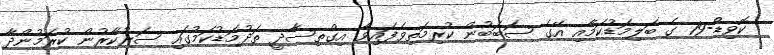
ކޮވިޑް-19 ގެ ބަލިމަޑުކަމާއި އޭގެ ސަބަބުން ކުރިމަތިވެފައިވާ އިގްތިސާދީ ތަދުމަޑުކަމުގައި ސަރުކާރުން ކުރަމުންދާ